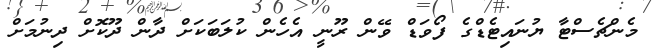
މެންޗެސްޓާ ޔުނައިޓެޑްގެ ފޯވަޑް ވޭން ރޫނީ އެހެން ކުލަބަކަށް ދާން ދޫކޮށް ދިނުމަށް